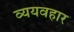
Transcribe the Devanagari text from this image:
व्ययवहार